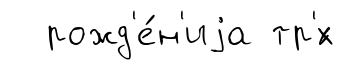
рожд'е́н'иjа тр'́х